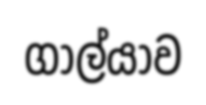
ගාල්යාව